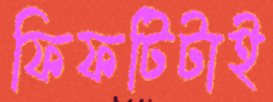
ফিফটিটাই